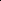
5.50